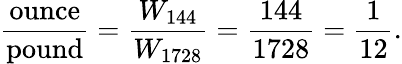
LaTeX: {\frac{\mathrm{ounce}}{\mathrm{pound}}}={\frac{W_{144}}{W_{1728}}}={\frac{144}{1728}}={\frac{1}{12}}.